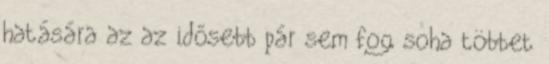
hatására az az idősebb pár sem fog soha többet